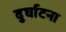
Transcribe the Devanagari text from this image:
दुर्घाटना